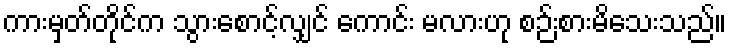
ကားမှတ်တိုင်က သွားစောင့်လျှင် ကောင်း မလားဟု စဉ်းစားမိသေးသည်။